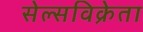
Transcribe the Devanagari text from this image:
सेल्सविक्रेता